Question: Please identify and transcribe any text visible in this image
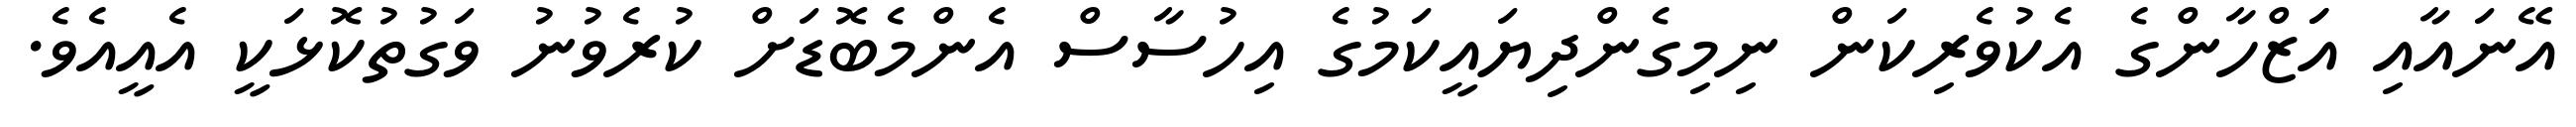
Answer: އޭނައާއި އަަޒްހާންގެ އެކުވެރިކަން ނިމިގެންދިޔައީކަމުގެ އިހުސާސް އެންމެބޮޑަށް ކުރެވުނު ވަގުތުކޮޅަކީ އެއީއެވެ.